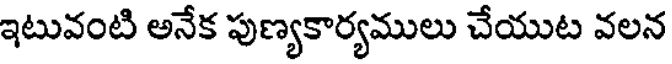
ఇటువంటి అనేక పుణ్యకార్యములు చేయుట వలన